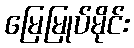
မြေမြုပ်မိုင်း